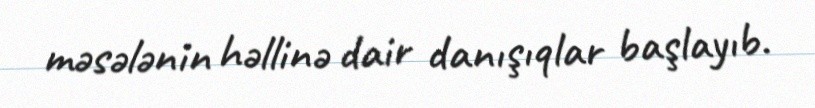
məsələnin həllinə dair danışıqlar başlayıb.